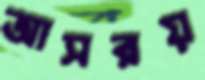
আসরয়